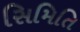
સિમિતિ